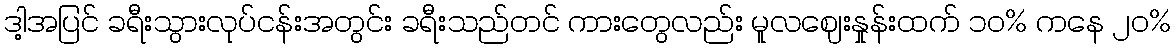
ဒါ့အပြင် ခရီးသွားလုပ်ငန်းအတွင်း ခရီးသည်တင် ကားတွေလည်း မူလဈေးနှုန်းထက် ၁၀% ကနေ ၂၀%